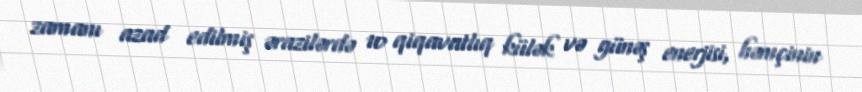
zamanı azad edilmiş ərazilərdə 10 qiqavatlıq külək və günəş enerjisi, həmçinin